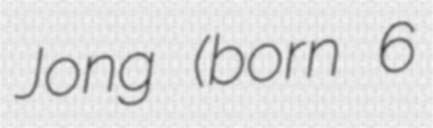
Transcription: Jong (born 6